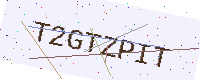
Text: T2GTZPIT